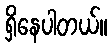
ရှိနေပါတယ်။